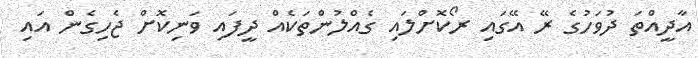
އާދީއްތަ ދުވަހުގެ ރޭ އޭގައި ރޯކޮށްލައި ގެއްލުންތަކެއް ދީފައި ވަނިކޮށް ޖެހިގެން އައި